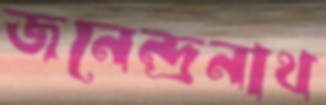
জনেন্দ্রনাথ